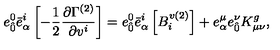
{ e } _ { \hat { 0 } } ^ { 0 } { \bar { e } } _ { \alpha } ^ { i } \left[ - \frac { 1 } { 2 } \frac { \partial \Gamma ^ { ( 2 ) } } { \partial v ^ { i } } \right] = { e } _ { \hat { 0 } } ^ { 0 } { \bar { e } } _ { \alpha } ^ { i } \left[ B _ { i } ^ { v ( 2 ) } \right] + { e } _ { \alpha } ^ { \mu } { e } _ { \hat { 0 } } ^ { \nu } K _ { \mu \nu } ^ { g } ,